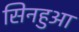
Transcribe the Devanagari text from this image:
सिनहुआ